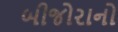
બીજોરાનો